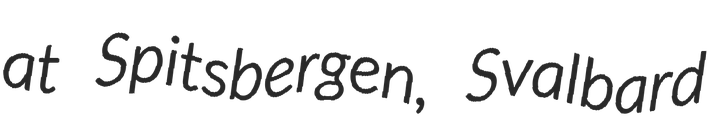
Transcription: at Spitsbergen, Svalbard